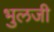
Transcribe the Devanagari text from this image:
भुलजी